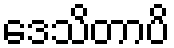
ဒေသိတာပိ